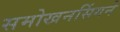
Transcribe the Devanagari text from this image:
समोखनसिंगने